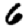
Digit: 6